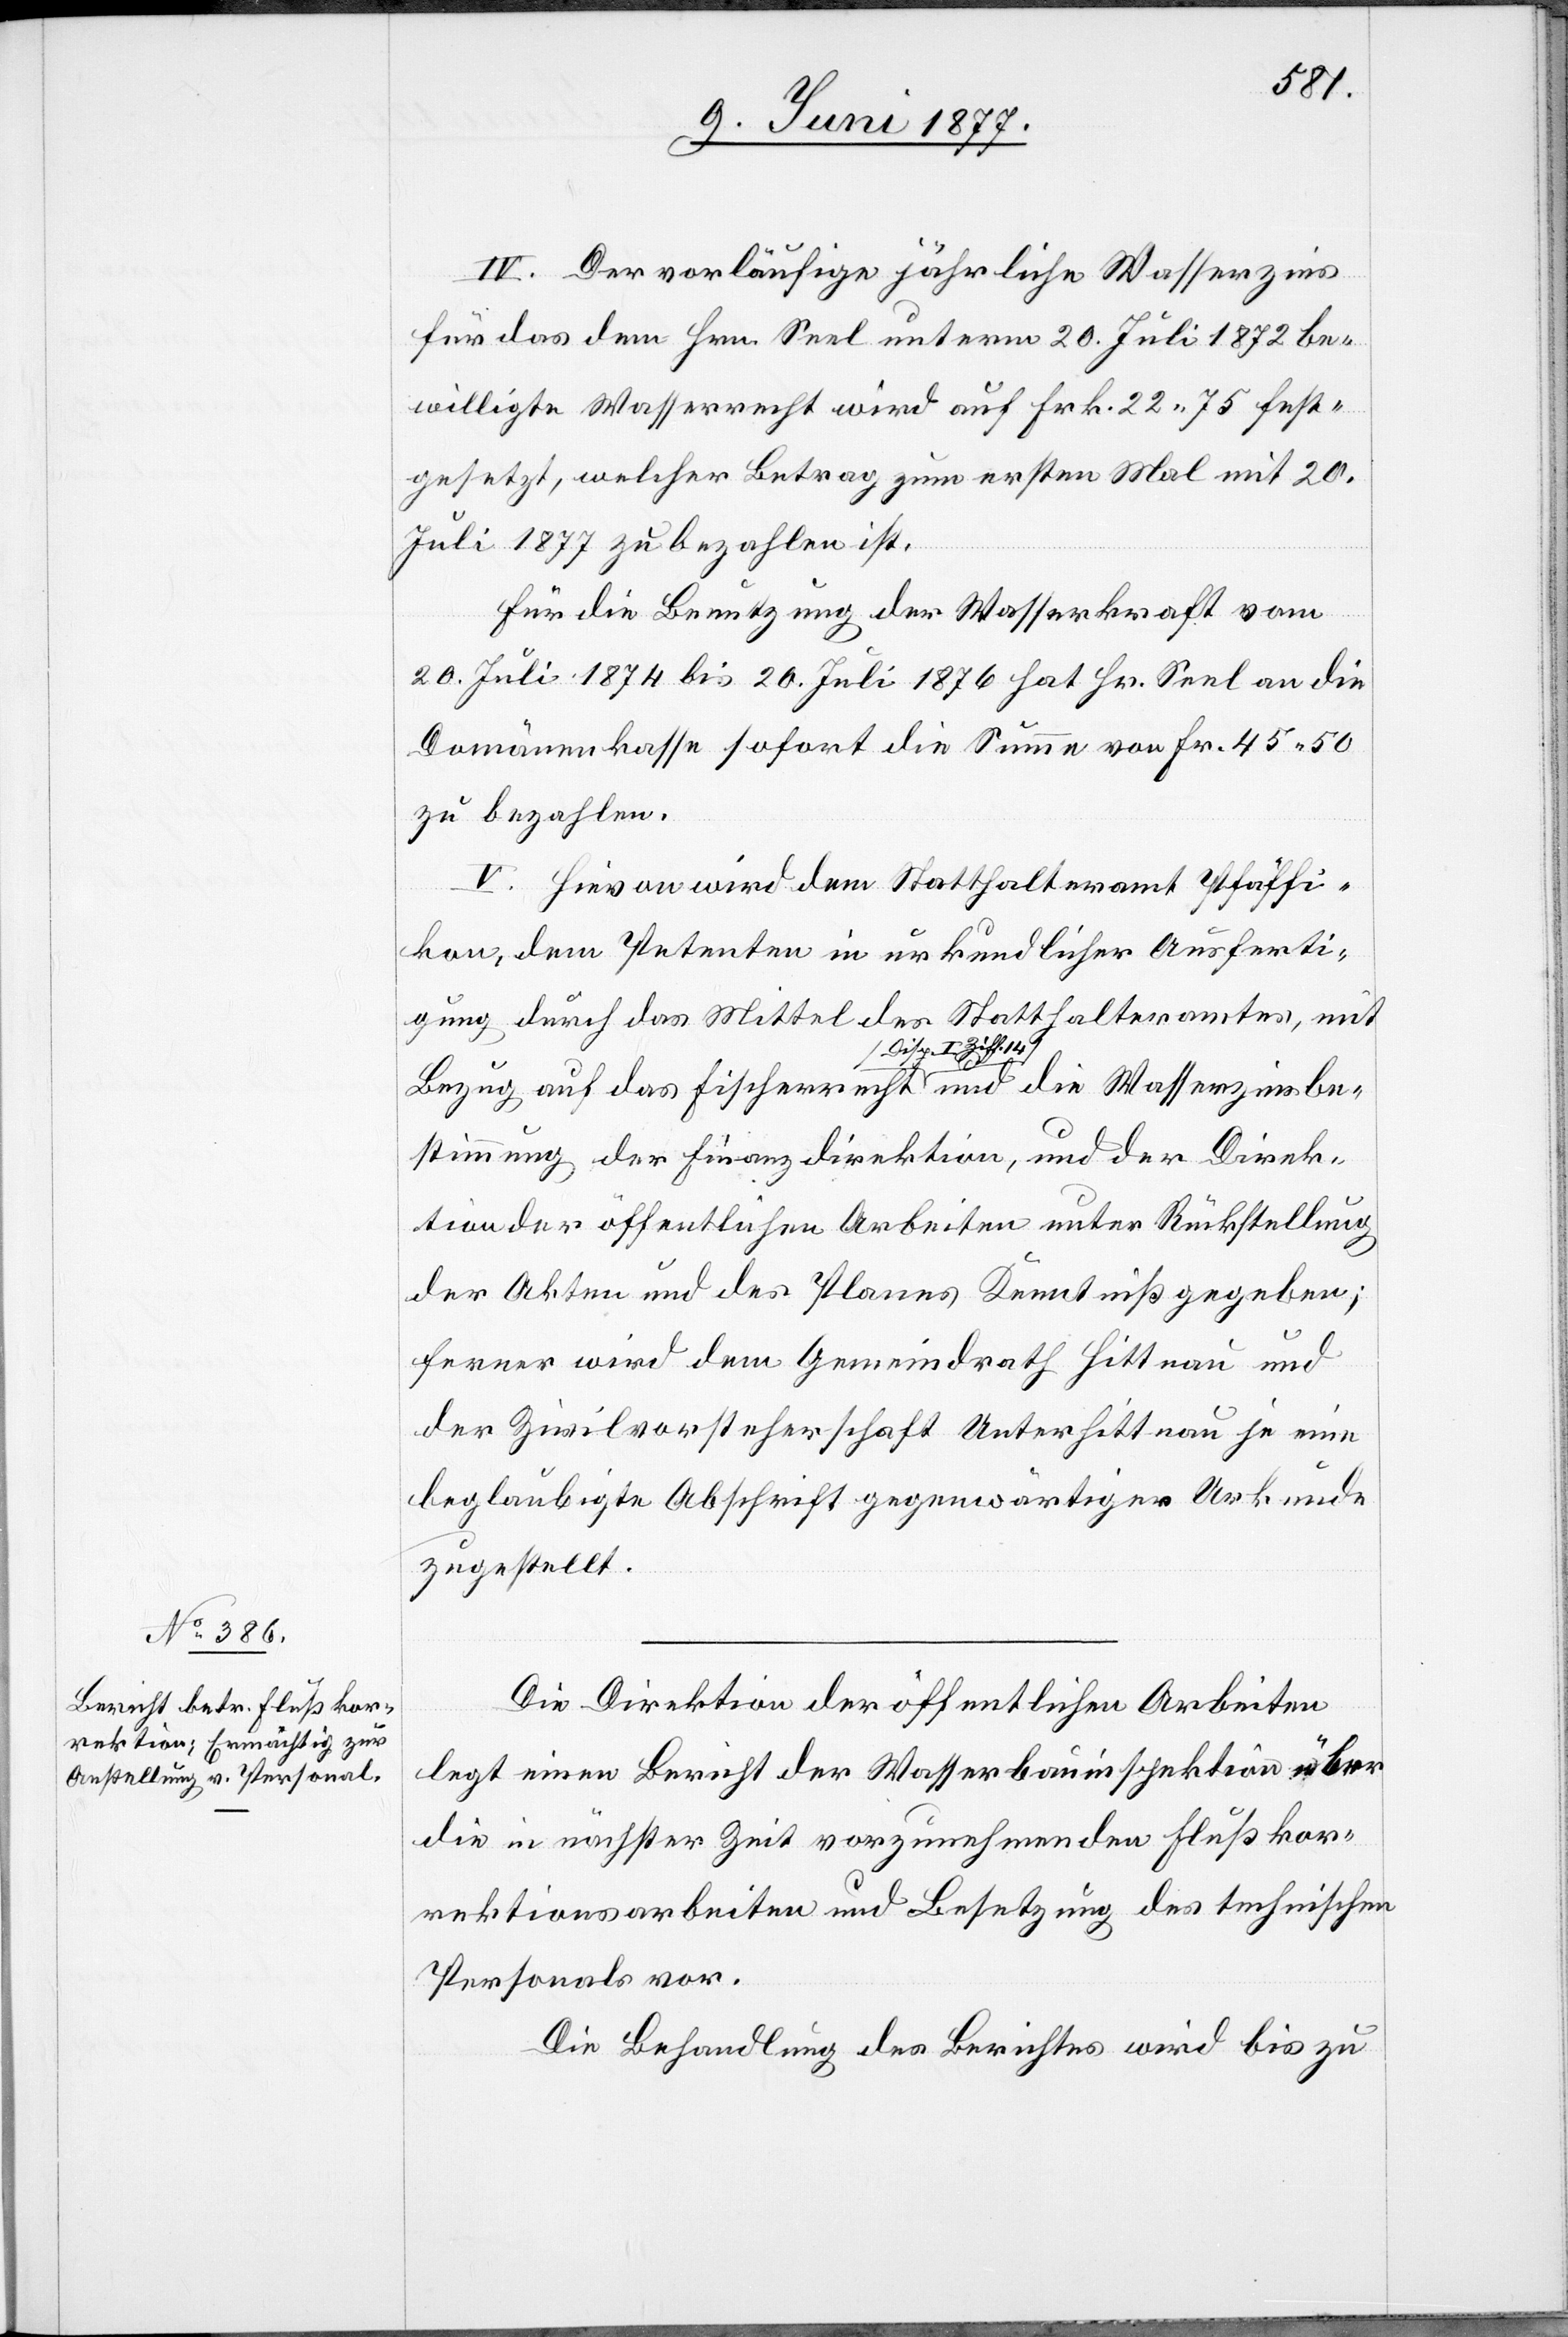
IV. Der vorläufige jährliche Wasserzins
für das dem Hrn. Seel unterm 20. Juli 1872 be¬
willigte Wasserrecht wird auf Frk. 22 75 fest¬
gesetzt, welcher Betrag zum ersten Mal mit 20.
Juli 1877 zu bezahlen ist.
Für die Benutzung der Wasserkraft vom
20. Juli 1874 bis 20. Juli 1876 hat Hr. Seel an die
Domänenkasse sofort die Summe von Fr. 45 50
zu bezahlen.
V. Hievon wird dem Statthalteramt Pfäffi¬
kon, dem Petenten in urkundlicher Ausferti¬
gung durch das Mittel des Statthalteramtes, mit
Bezug auf das Fischerrecht [Disp. I Ziff. 14] und die Wasserzinsbe¬
stimmung der Finanzdirektion, und der Direk¬
tion der öffentlichen Arbeiten unter Rückstellung
der Akten und des Planes Kenntniß gegeben;
ferner wird dem Gemeindrath Hittnau und
der Zivilvorsteherschaft Unterhittnau je eine
beglaubigte Abschrift gegenwärtiger Urkunde
zugestellt.
Die Direktion der öffentlichen Arbeiten
legt einen Bericht der Wasserbauinspektion über
die in nächster Zeit vorzunehmenden Flußkor¬
rektionsarbeiten und Besetzung des technischen
Personals vor.
Die Behandlung des Berichtes wird bis zu